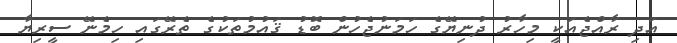
އަދި ރާއްޖެއަކީ މިހާރު ދުނިޔޭގެ ހަމަނުޖެހުން ބޮޑު ޤައުމުތަކުގެ ތެރޭގައި ހިމެނޭ ސީރިޔާ